画像に写った文字を読んでください
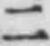
「二」と書いてあります